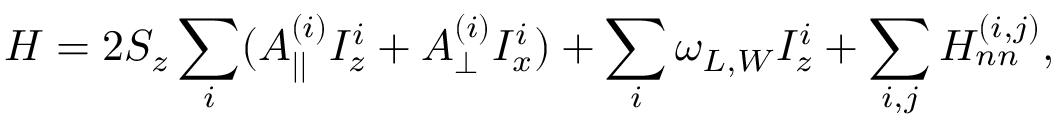
H = 2 S _ { z } \sum _ { i } ( A _ { | | } ^ { ( i ) } I _ { z } ^ { i } + A _ { \perp } ^ { ( i ) } I _ { x } ^ { i } ) + \sum _ { i } \omega _ { L , W } I _ { z } ^ { i } + \sum _ { i , j } H _ { n n } ^ { ( i , j ) } ,